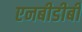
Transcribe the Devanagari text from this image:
एनबीडीबी